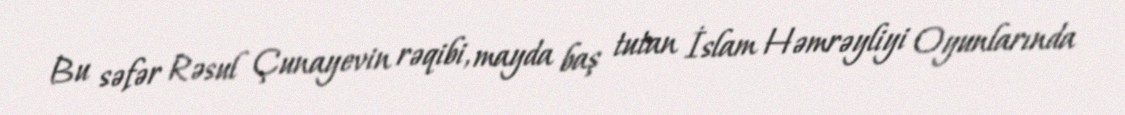
Bu səfər Rəsul Çunayevin rəqibi, mayda baş tutan İslam Həmrəyliyi Oyunlarında